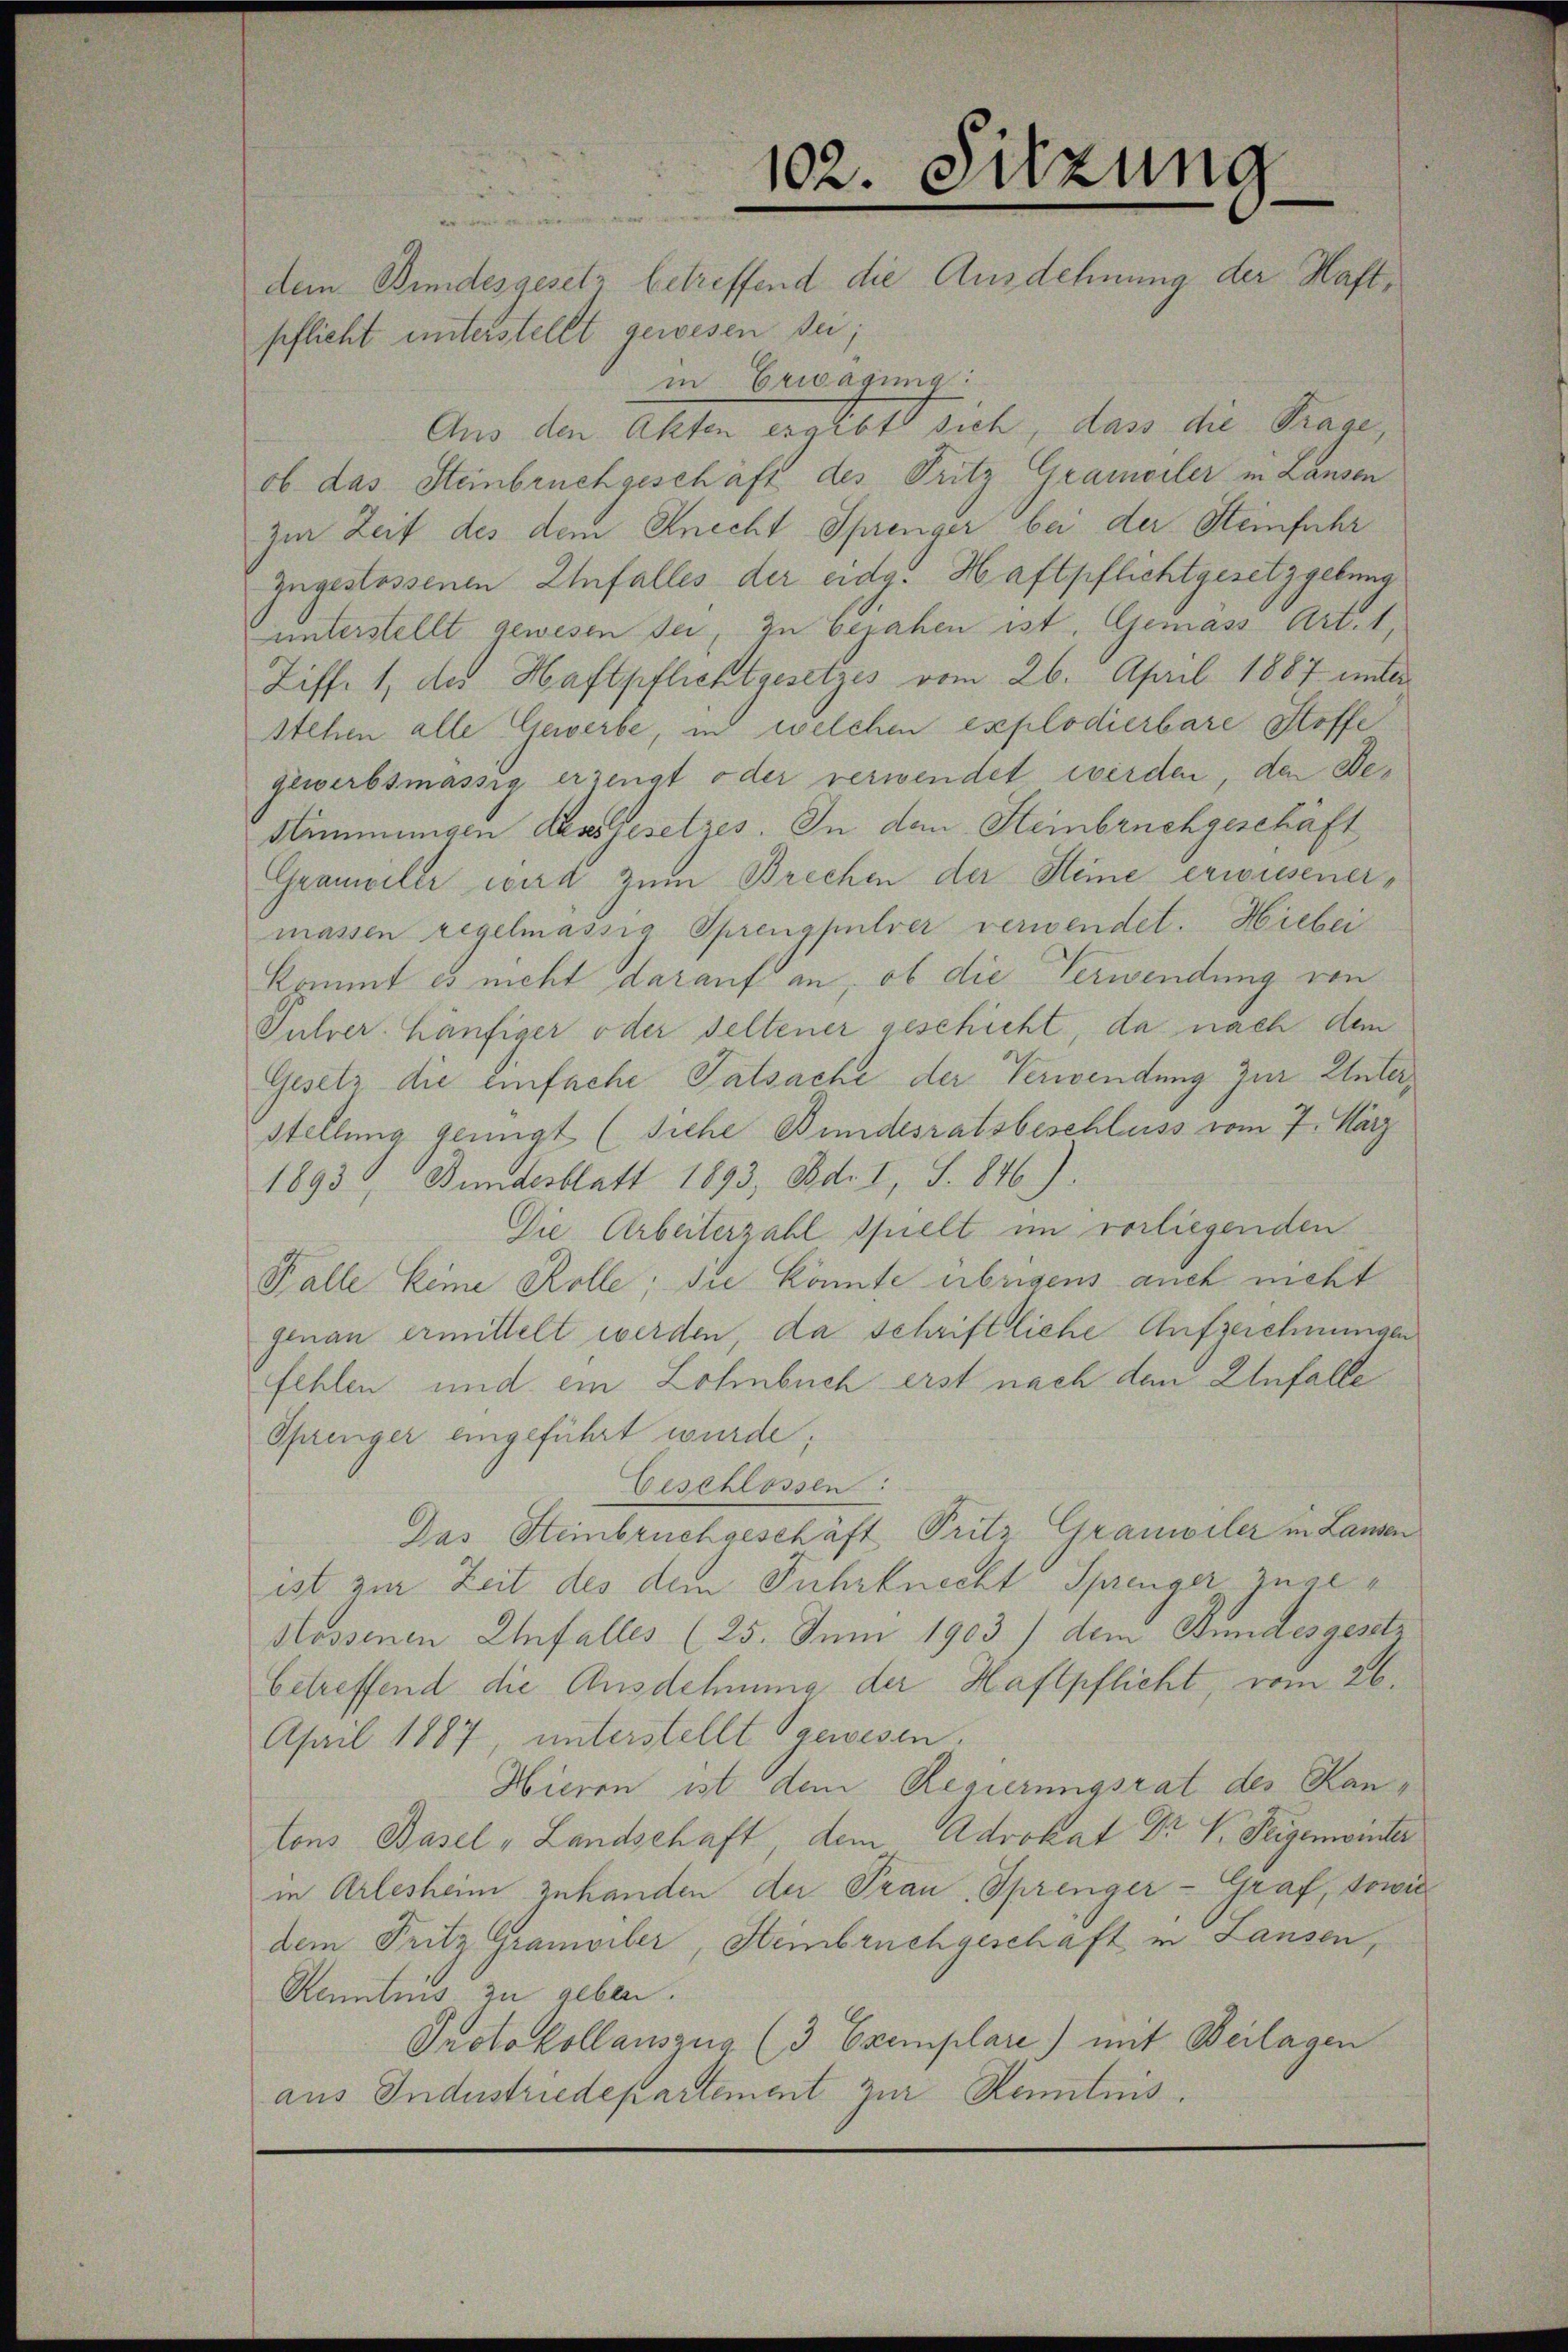
102. Sitzung
dem Bundesgesetz betreffend die Ausdehnung der Haft¬

pflicht unterstellt gewesen sei;
in Erwägung:
Aus den Akten ergibt sich, dass die Frage,
ob das Steinbruchgeschäft des Fritz Gramwiler in Lanzen
zur Zeit des dem Knecht Sprenger bei der Steinfahr
zugestossenen Unfalles der eidg. Haftpflichtgesetzgebung
unterstellt gewesen sei, in bejahen ist. Gemäss Art. 1,
Ziff. 1, des Haftpflichtgesetzes vom 26. April 1887 unter
stehen alle Gewerbe, in welchen explodierbare Stoffe
gewerbsmässig erzeugt oder verwendet werden, den De¬
Stimmungen densgesetzes. In den Steinbruchgeschäft
Grampeler wird zum Brechen der Steine erwiesenermassen regelmässig Sprengpulver verwendet. Hiebei
kommt es nicht darauf an, ob die Verwendung von
Juhrer häufiger oder seltener geschicht, da nach dem
Gesetz die einfache Tatsache der Verwendung zur Unterstellung genügt (siehe Bundesratsbeschluss vom 7. März
1893, Bundesblatt 1893, Bd. I, S. 846)
Die Arbeiterzahl spielt im vorliegenden
Falle keine Kolle; die könnte übrigens auch nicht
genau ermittelt werden, da schriftliche Aufzeichnungen
fehlen und ein Lohnbuch erst nach den Unfalle
Springer eingeführt wurde;
Geschlossen:
Das Steinbruchgeschäft Pritz Granwiler in Landen
ist zur Zeit des dem Fuhrknecht Sprenger zuge¬
Hossenen Unfalles (25. Juni 1903) dem Bundesgesetz
betreffend die Ausdehnung der Haftpflicht, vom 26.
April 1887, unterstellt gewesen.
Hieren ist dem Regierungsrat des Kantons Basel „Landschaft dem Advokat Dr V. Peigemeinter
in Arlesheim zuhanden der Pran. Sprenger - Graf, sowie
dem Pritz Gramviler, Heinbruchgeschaft in Lausen,
Kenntnis zu geben.
Protokollauszug (3 Exemplare) mit Beilagen
aus Industriedepartement zur Kenntnis.